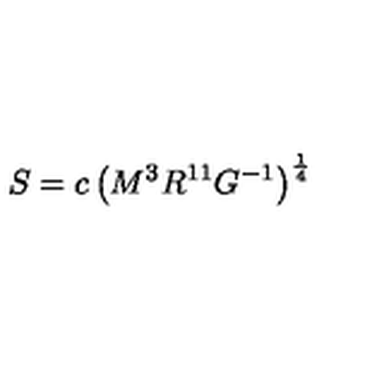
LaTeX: S = c \left( M ^ { 3 } R ^ { 1 1 } G ^ { - 1 } \right) ^ { \frac { 1 } { 4 } }